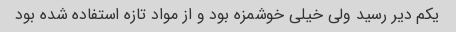
یکم دیر رسید ولی خیلی خوشمزه بود و از مواد تازه استفاده شده بود